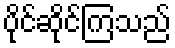
ပိုင်ဆိုင်ကြသည်